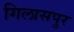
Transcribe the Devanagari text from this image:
गिलासपुर